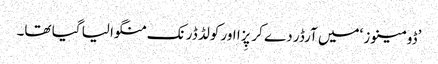
’ڈومینوز ‘میں آرڈر دے کر پِزا اور کولڈ ڈرنک منگوا لیا گیا تھا۔